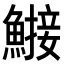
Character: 𬵤